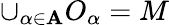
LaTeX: \cup_{\alpha\in\mathbf{A}}O_{\alpha}=M